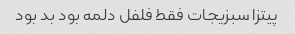
پیتزا سبزیجات فقط فلفل دلمه بود بد بود